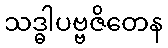
သဒ္ဓါပဗ္ဗဇိတေန